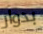
بدوار